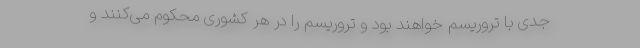
جدی با تروریسم خواهند بود و تروریسم را در هر کشوری محکوم می‌کنند و